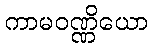
ကာမဝဏ္ဏိယော